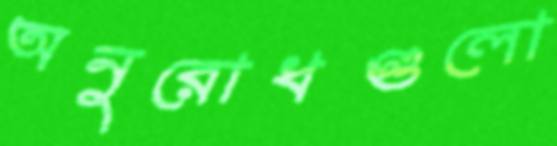
অনুরোধগুলো